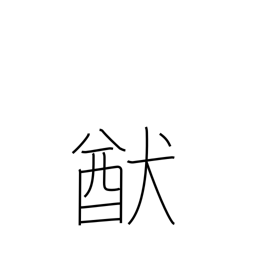
Meaning: way